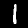
Digit: 1